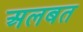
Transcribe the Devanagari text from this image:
अलबत